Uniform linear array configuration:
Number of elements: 48
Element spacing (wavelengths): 0.25
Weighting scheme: cosine
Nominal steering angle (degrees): -45
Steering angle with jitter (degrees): -46.398
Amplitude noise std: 0.05
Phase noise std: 0.05

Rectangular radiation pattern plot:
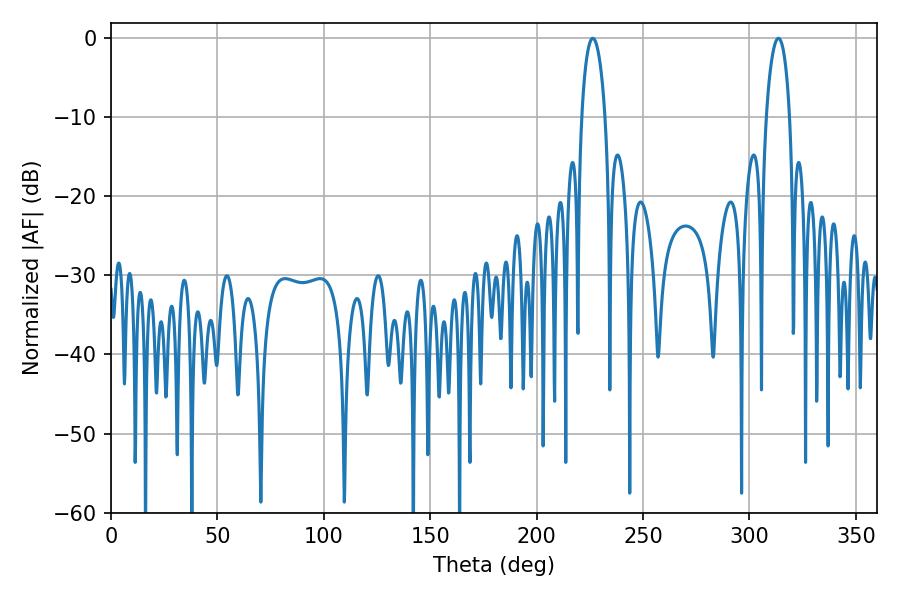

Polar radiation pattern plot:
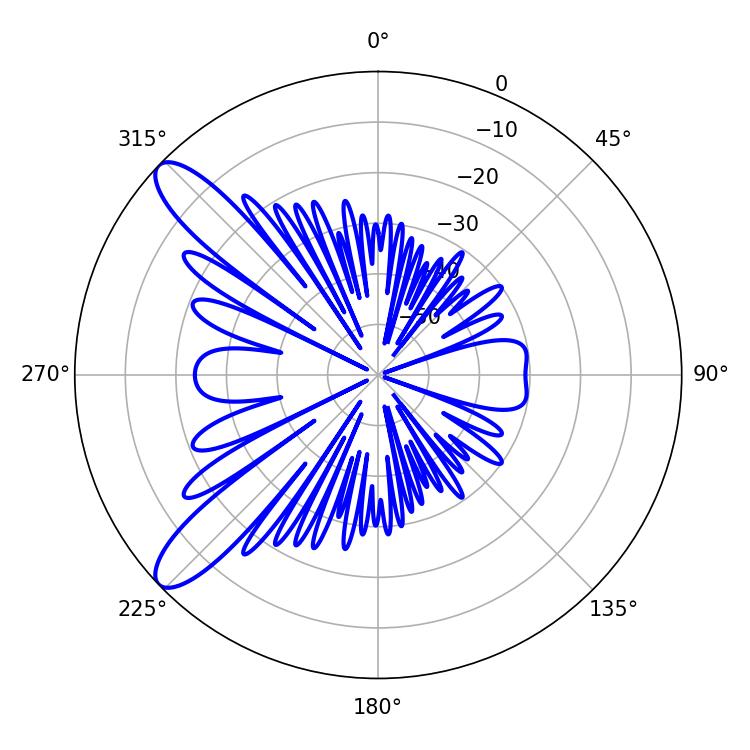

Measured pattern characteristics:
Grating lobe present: FALSE
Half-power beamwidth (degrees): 6.3
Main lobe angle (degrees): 226.44